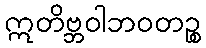
ဣတိဗ္ဘဝါဘဝတဉ္စ